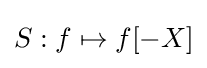
S:f\mapsto f[-X]